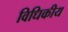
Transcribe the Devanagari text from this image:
विधिकीय